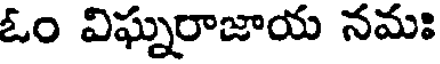
ఓం విఘ్నరాజాయ నమః